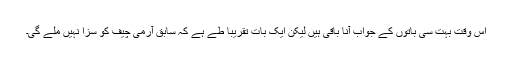
اس وقت بہت سی باتوں کے جواب آنا باقی ہیں لیکن ایک بات تقریباً طے ہے کہ سابق آرمی چیف کو سزا نہیں ملے گی۔